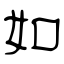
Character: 如